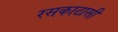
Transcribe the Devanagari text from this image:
रसकाठासी